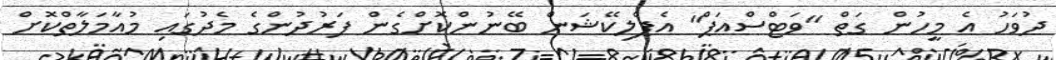
ދުވަހު އެ މީހުން ގަތް "ވަޓްސްއަޕް" އެޕްލިކޭޝަން ބޭނުންކޮށްގެން ފަރުދުންގެ މެދުގައި މުއާމަލާތްކޮށް